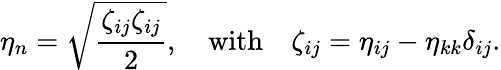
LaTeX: \eta_{n}=\sqrt{\frac{\zeta_{ij}\zeta_{ij}}{2}},\quad\mathrm{with}\quad\zeta_{ij}=\eta_{ij}-\eta_{kk}\delta_{ij}.